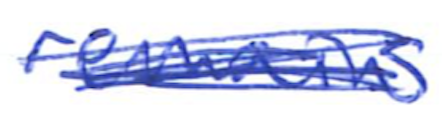
Text: remains
Cross-out: scratch
Writing tool: ballpoint